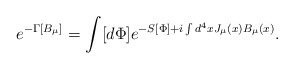
\begin{align*}e^{-\Gamma [B_{\mu}]}=\int [d\Phi]e^{-S[\Phi]+i\int d^4 x J_{\mu}(x) B_{\mu}(x)}.\end{align*}